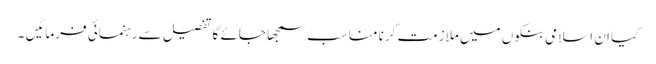
کیا ان اسلامی بنکوں میں ملازمت کرنا مناسب سمجھا جائے گا تفصیل سے رہنمائی فرمائیں ۔